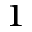
^ { 1 }